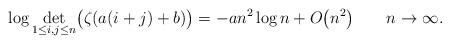
LaTeX: \begin{gather*}\log\det_{1\le i,j\le n}\bigl(\zeta(a(i+j)+b)\bigr)=-an^2\log n+O\big(n^2\big) \qquad n\to\infty.\end{gather*}